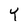
Character: Y